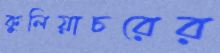
কুলিয়াচরের